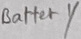
Text: Battery